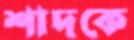
শাদকে